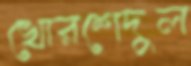
খোরশেদুল